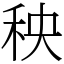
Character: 秧